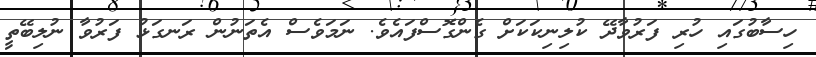
ހިސާބުގައި ހުރި ފަރުވާދޭ ކުލިނިކަކަށް ގެންގޮސްފައެވެ. ނަމަވެސް އެތަނުން ރަނގަޅު ފަރުވާ ނުލިބޭތީ